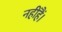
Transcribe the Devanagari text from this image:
नहींहैं।